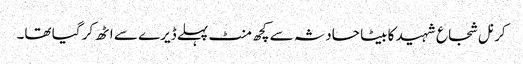
کرنل شجاع شہید کا بیٹا حادثہ سے کچھ منٹ پہلے ڈیرے سے اٹھ کر گیا تھا۔